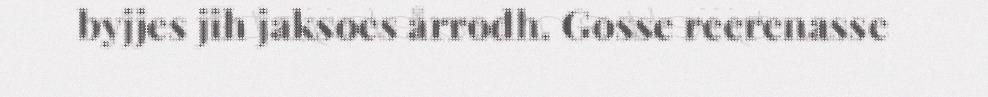
byjjes jih jaksoes årrodh. Gosse reerenasse